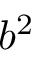
b ^ { 2 }